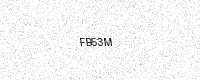
Text: FB53M